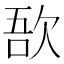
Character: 𣣄